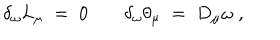
LaTeX: \delta _ { \omega } L _ { \mu } \; = \; 0 \; \delta _ { \omega } \theta _ { \mu } \; = \; D _ { \mu } \omega \; ,